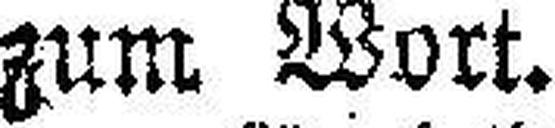
zum Wort.